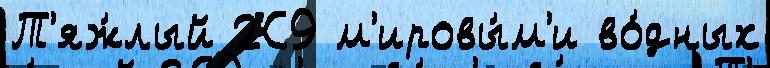
Т'яж́лый 2С9 м'ировы́м'и во́дных